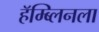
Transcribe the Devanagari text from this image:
हॅम्ब्लिनला